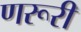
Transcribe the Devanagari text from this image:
णरूरी